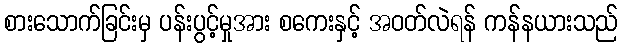
စားသောက်ခြင်းမှ ပန်းပွင့်မှုအား စကေးနှင့် အဝတ်လဲရန် ကန်နယားသည်